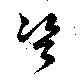
資